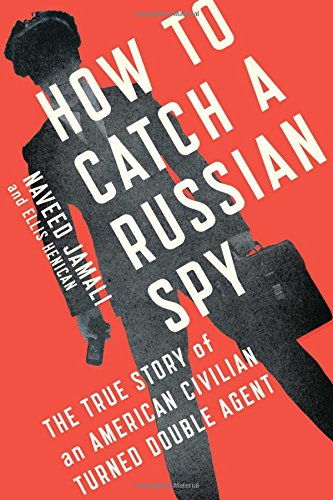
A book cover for How to Catch a Russian Spy: The True Story of an American Civilian Turned Double Agent; Naveed Jamali; Biographies & Memoirs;